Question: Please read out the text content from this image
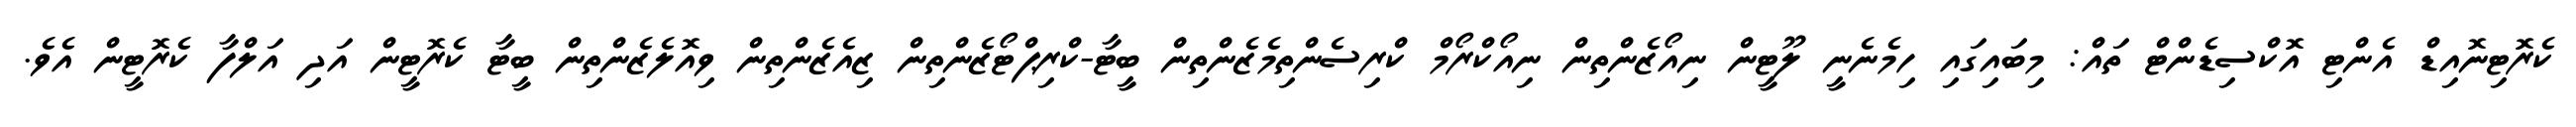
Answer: ކެރޮޓިނޮއިޑް އެންޓި އޮކްސިޑެންޓް ތައް: މިބައިގައި ހިމެނެނީ ލޫޓީން ނިއޯޒެންތިން ނިއޯކްރޯމް ކްރިސެންތިމެޒެންތިން ބީޓާ-ކްރިޕްޓޯޒެންތިން ޒިއެޒެންތިން ވިއޮލެޒެންތިން ބީޓާ ކެރޮޓީން އަދި އަލްފާ ކެރޮޓީން އެވެ.